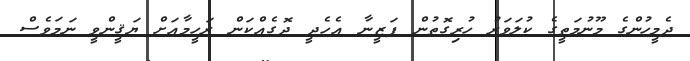
ދެމީހުންގެ މޫނުމަތީގެ ކުލަވަރު ހުރިގޮތުން ފަޒީނާ އެހެދީ ދޮގެއްކަން ރަހީމާއަށް ޔަޤީންވީ ނަމަވެސް